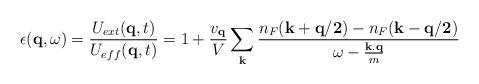
LaTeX: \begin{align*}\epsilon( {\bf{q}}, \omega) = \frac{ U_{ext}({\bf{q}},t) }{ U_{eff}({\bf{q}},t) } = 1 + \frac{ v_{ {\bf{q}} } }{V}\sum_{ {\bf{k}} }\frac{ n_{F}({\bf{k+q/2}}) - n_{F}({\bf{k-q/2}}) }{ \omega - \frac{ {\bf{k.q}} }{m} }\end{align*}